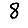
Digit: 8